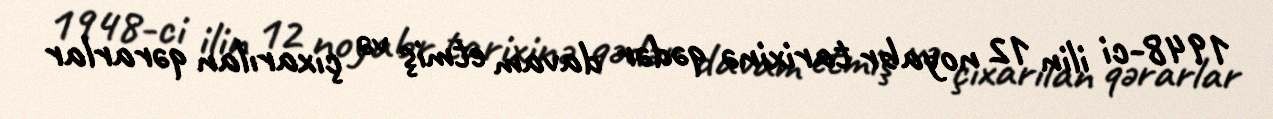
1948-ci ilin 12 noyabr tarixinə qədər davam etmiş və çıxarılan qərarlar